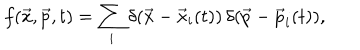
f ( \vec { x } , \vec { p } , t ) = \sum _ { i } \delta ( \vec { x } - { \vec { x } } _ { i } ( t ) ) \, \delta ( \vec { p } - { \vec { p } } _ { i } ( t ) ) ,